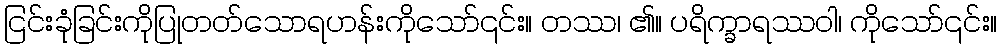
ငြင်းခုံခြင်းကိုပြုတတ်သောရဟန်းကိုသော်၎င်း။ တဿ၊ ၏။ ပရိက္ခာရဿဝါ၊ ကိုသော်၎င်း။